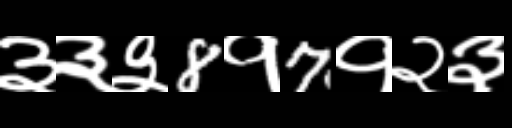
Text: ३३३8१7१२३